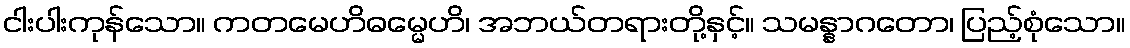
ငါးပါးကုန်သော။ ကတမေဟိဓမ္မေဟိ၊ အဘယ်တရားတို့နှင့်။ သမန္နာဂတော၊ ပြည့်စုံသော။